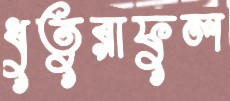
ধুতুরাফুল